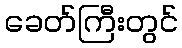
ခေတ်ကြီးတွင်